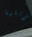
تجربتها